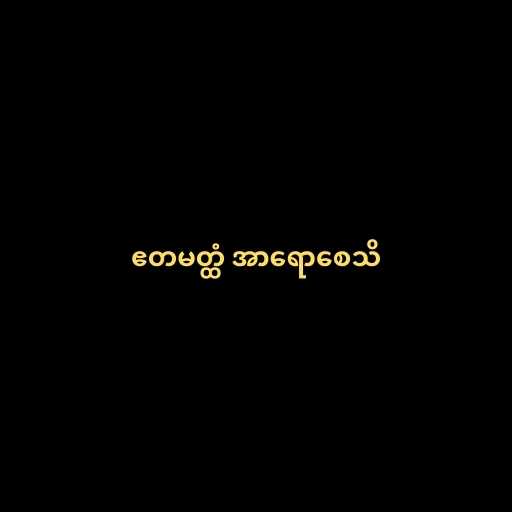
ဧတမတ္ထံ အာရောစေသိ